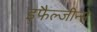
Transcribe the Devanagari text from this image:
इफैल्जीन्स